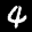
Label: 4